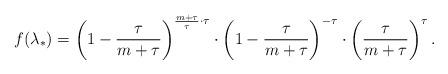
LaTeX: \begin{align*} f(\lambda_*)=\left(1-\frac{\tau}{m+\tau}\right)^{\frac{m+\tau}{\tau}\cdot \tau}\cdot\left(1-\frac{\tau}{m+\tau}\right)^{-\tau} \cdot\left(\frac{\tau}{m+\tau}\right)^\tau.\\ \end{align*}